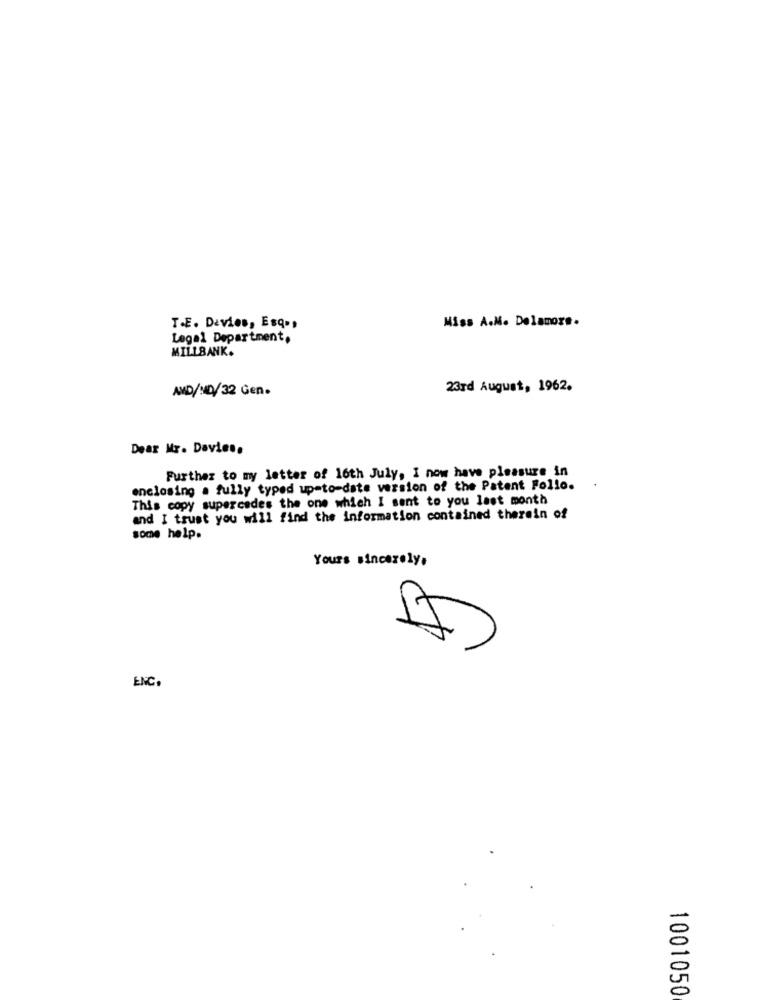
Miss A.M. Delamore.
T.E. Davies, Esq .,
Legal Department,
MILLBANK.
AMD/MD/32 Gen.
23rd August, 1962.
Dear Mr. Davies.
Further to my letter of 16th July, I now have pleasure in
enclosing a fully typed up-to-date version of the Patent Follo.
This copy supercedes the one which I sent to you last month
and I trust you will find the information contained therein of
some help.
Yours sincerely,
7
ENC.
1001050